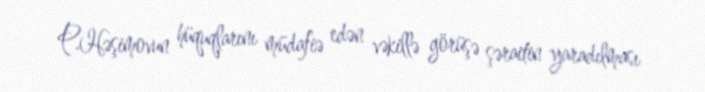
P.Həşimovun hüquqlarını müdafiə edən vəkillə görüşə şəraitin yaradılması